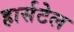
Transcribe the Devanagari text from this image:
हार्सटेल